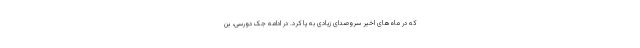
که در ماه‌های اخیر سروصدای زیادی به پا کرد. در ادامه جک دورسی، بن